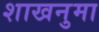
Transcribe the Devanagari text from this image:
शाखनुमा